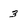
Character: 3